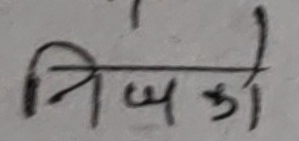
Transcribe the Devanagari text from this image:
निष्को